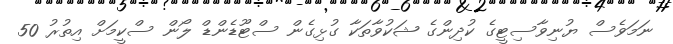
ނަމަވެސް ޔުނިވާސިޓީގެ ކުދިންގެ ޝަކުވާތަކާ ގުޅިގެން ސްޓޫޑެންޑް ލޯން ސްކީމަށް އިތުރު 50